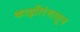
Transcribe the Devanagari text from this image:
काझीरंगातून